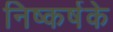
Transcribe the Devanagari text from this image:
निष्कर्षके